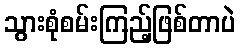
သွားစုံစမ်းကြည့်ဖြစ်တာပဲ